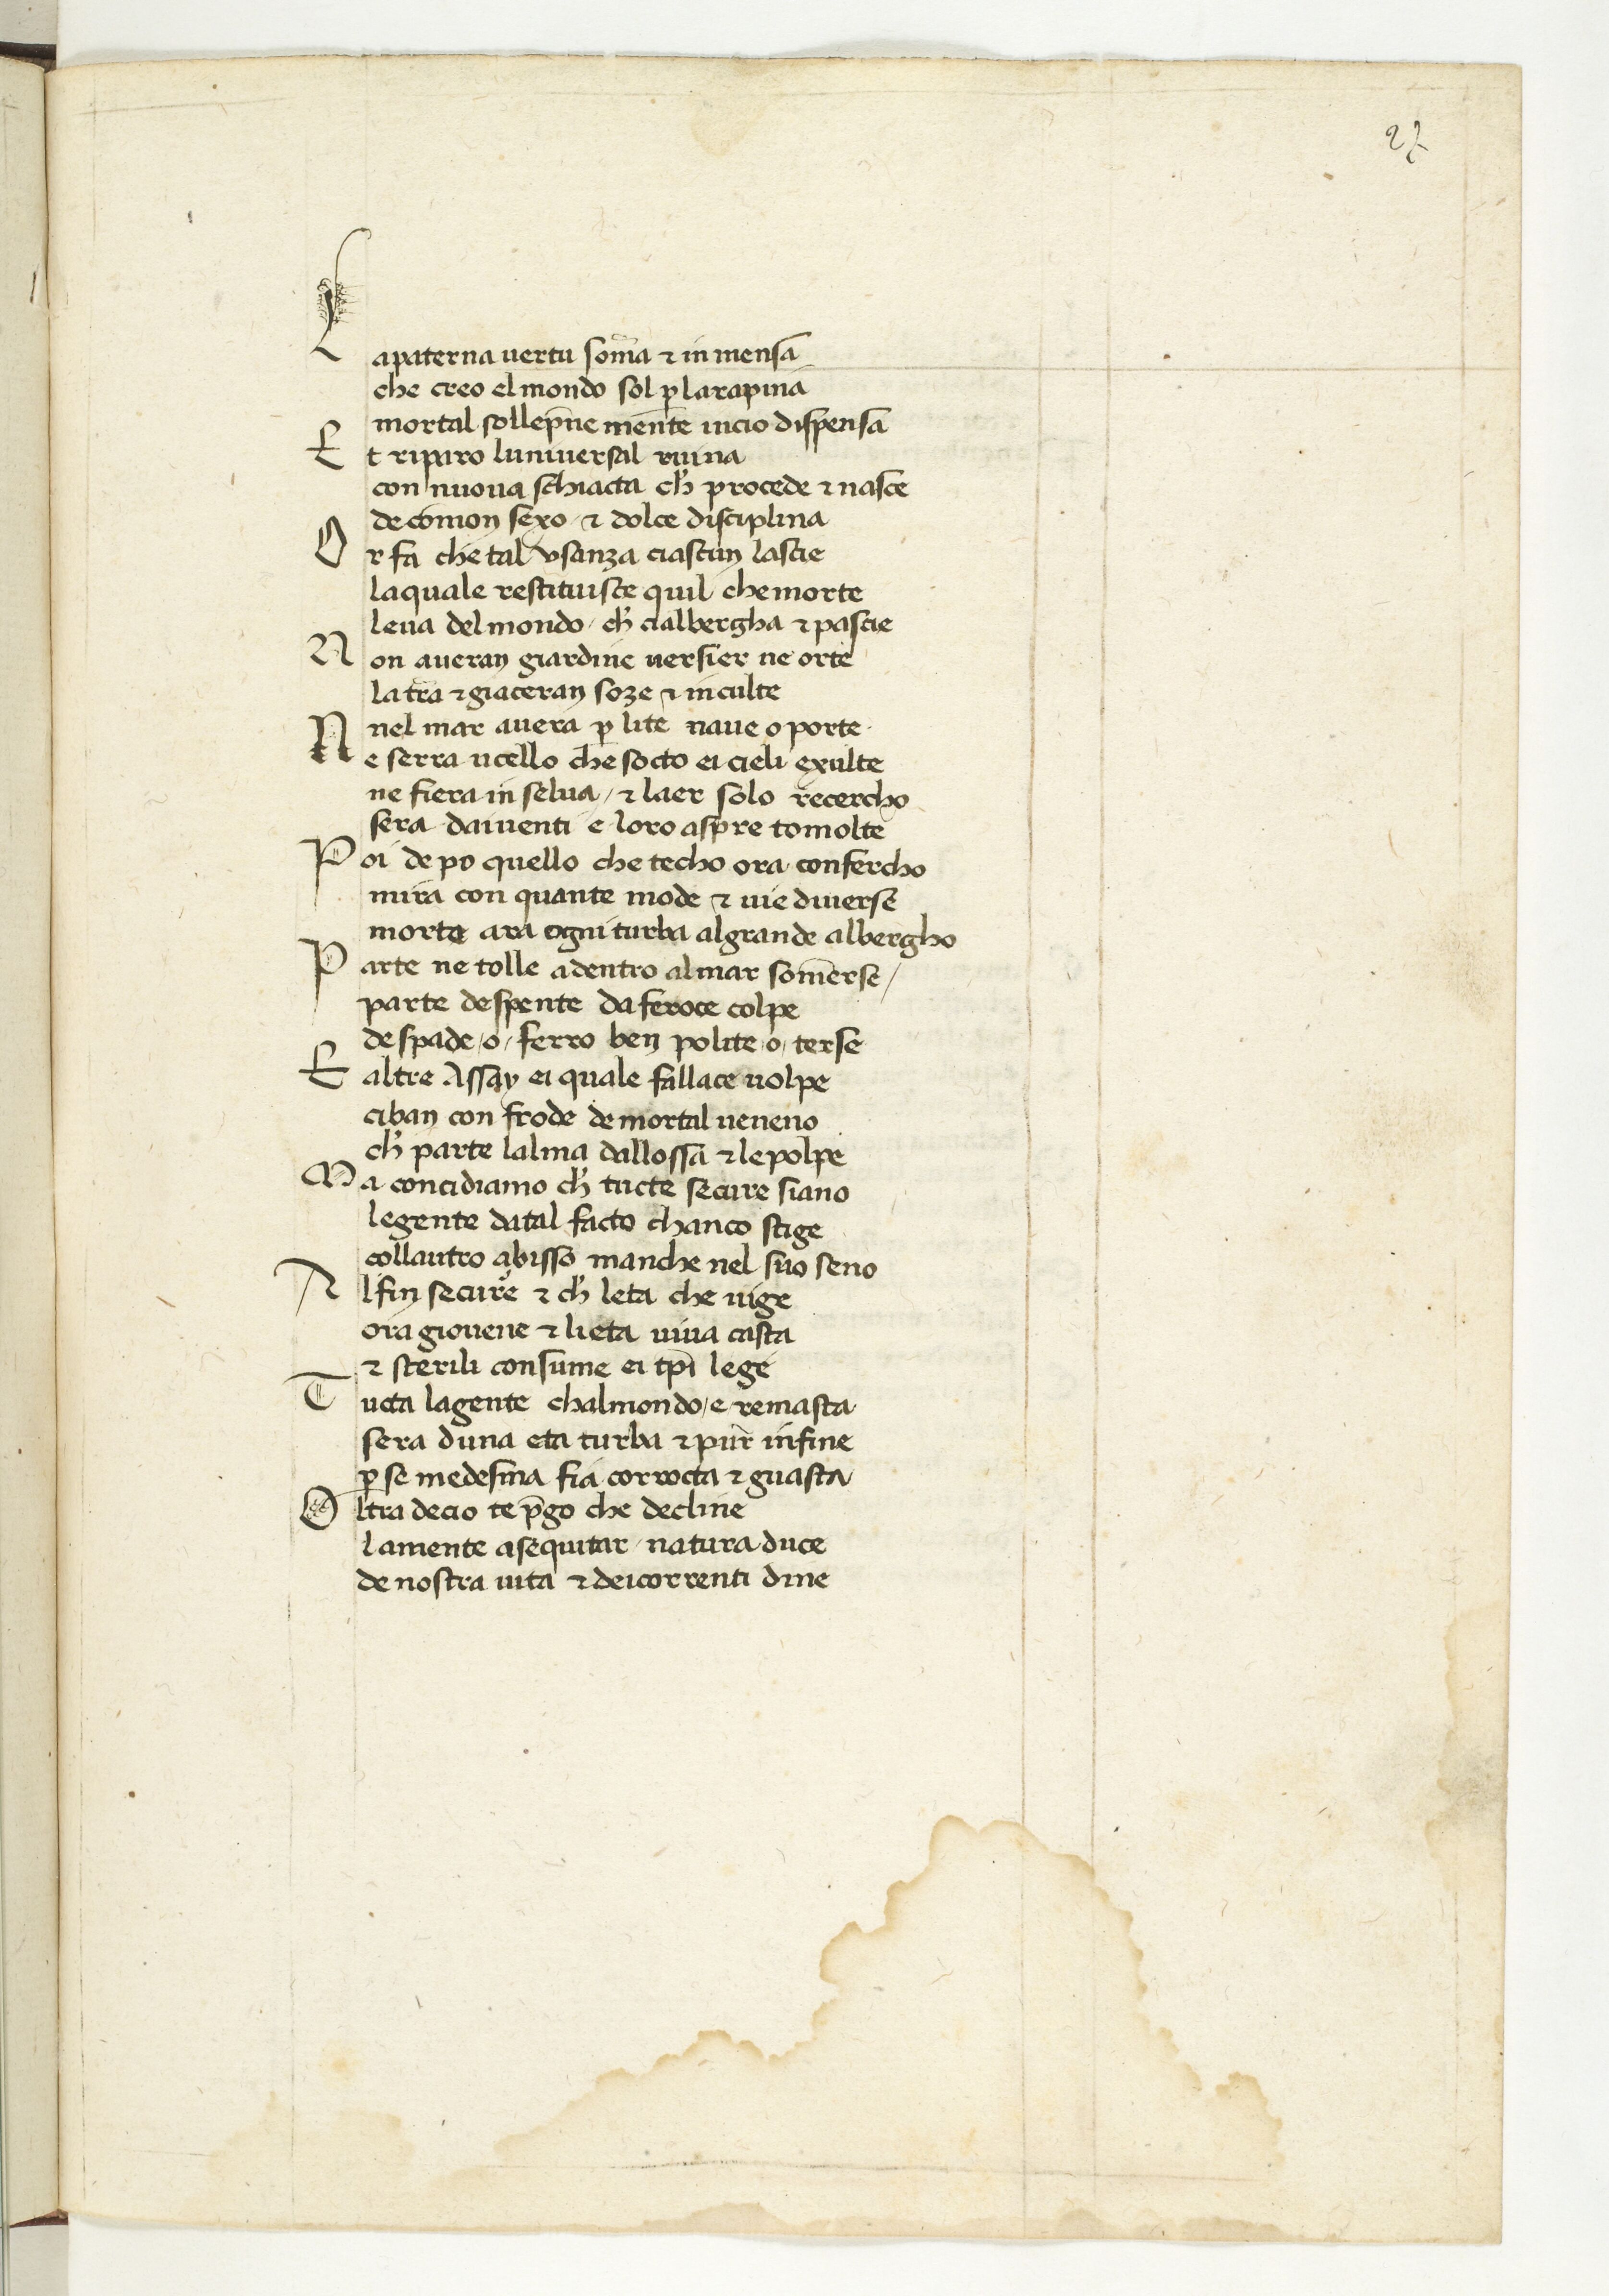
Shelfmark: Paris, BnF, ita. 594
Century: 15